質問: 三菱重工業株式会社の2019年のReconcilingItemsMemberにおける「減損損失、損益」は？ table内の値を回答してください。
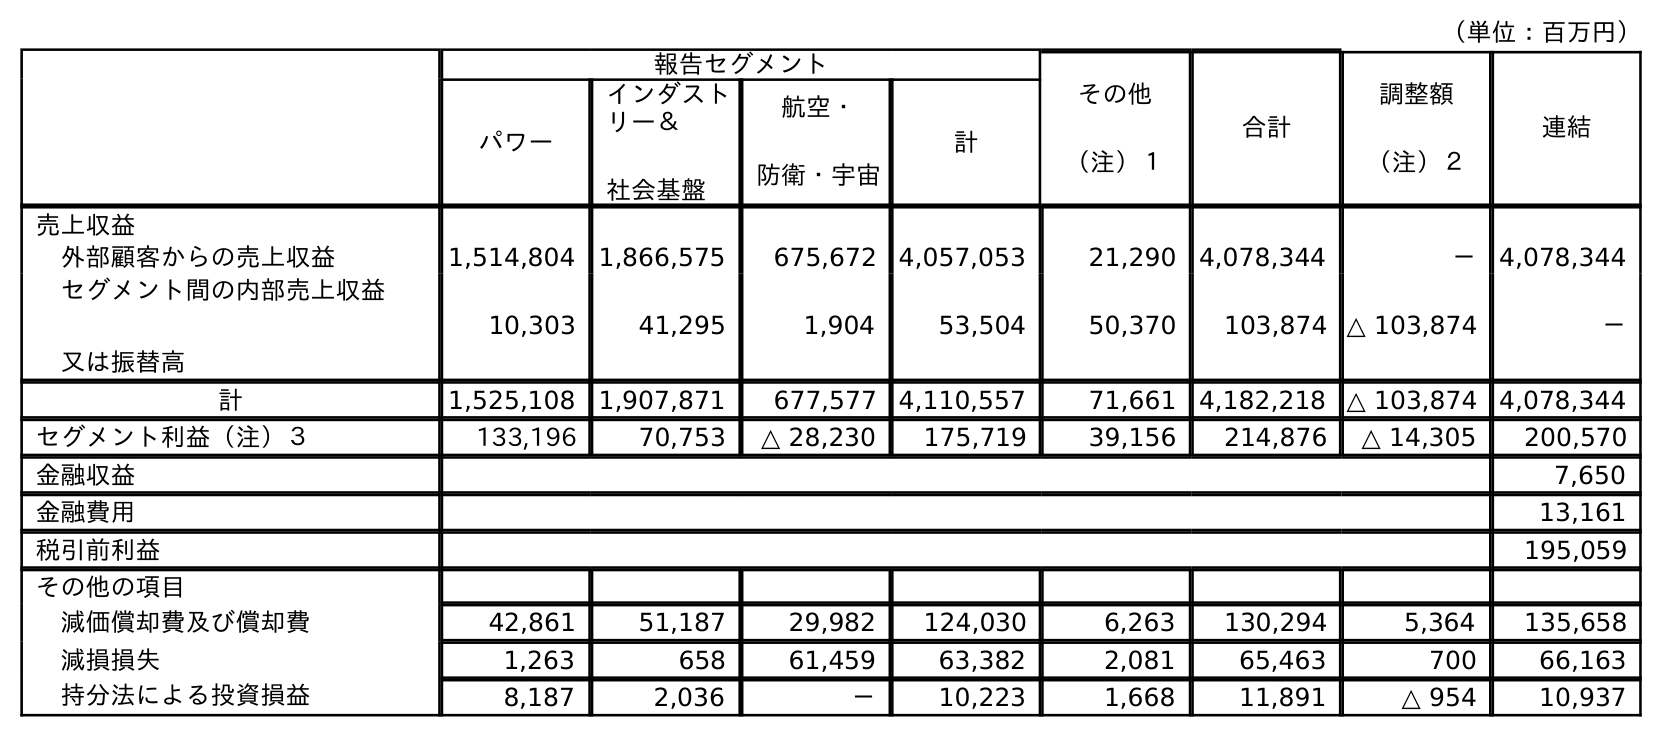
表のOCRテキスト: （単位：百万円） 報告セグメント その他 （注）１ 合計 調整額 （注）２ 連結 パワー インダスト リー＆ 社会基盤 航空・ 防衛・宇宙 計 売上収益 外部顧客からの売上収益 1,514,804 1,866,575 675,672 4,057,053 21,290 4,078,344 － 4,078,344 セグメント間の内部売上収益 又は振替高 10,303 41,295 1,904 53,504 50,370 103,874 △ 103,874 － 計 1,525,108 1,907,871 677,577 4,110,557 71,661 4,182,218 △ 103,874 4,078,344 セグメント利益（注）３ 133,196 70,753 △ 28,230 175,719 39,156 214,876 △ 14,305 200,570 金融収益 7,650 金融費用 13,161 税引前利益 195,059 その他の項目 減価償却費及び償却費 42,861 51,187 29,982 124,030 6,263 130,294 5,364 135,658 減損損失 1,263 658 61,459 63,382 2,081 65,463 700 66,163 持分法による投資損益 8,187 2,036 － 10,223 1,668 11,891 △ 954 10,937
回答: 700